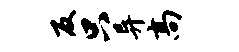
反只异高